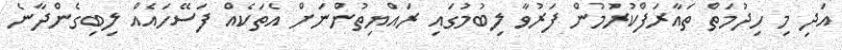
އަދި މި ހިދުމަތް ތައާރަފްކުރުމުން ފަރުވާ ލިބުމުގައި ރައްޔިތުންނަށް އެތަކެއް ފަސޭހައެއް ލިބިގެންދާނެ